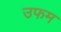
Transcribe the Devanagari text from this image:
उफम